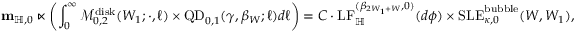
\mathbf { m } _ { \mathbb H , 0 } \ltimes \left( \int _ { 0 } ^ { \infty } \mathcal M _ { 0 , 2 } ^ { \mathrm { d i s k } } ( W _ { 1 } ; \cdot , \ell ) \times \mathrm { Q D } _ { 0 , 1 } ( \gamma , \beta _ { W } ; \ell ) d \ell \right) = C \cdot \mathrm { L F } _ { \mathbb H } ^ { ( \beta _ { 2 W _ { 1 } + W } , 0 ) } ( d \phi ) \times \mathrm { S L E } _ { \kappa , 0 } ^ { \mathrm { b u b b l e } } ( W , W _ { 1 } ) ,